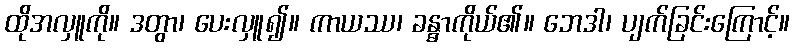
ထိုအလှူကို။ ဒတွာ၊ ပေးလှူ၍။ ကာယဿ၊ ခန္ဓာကိုယ်၏။ ဘေဒါ၊ ပျက်ခြင်းကြောင့်။